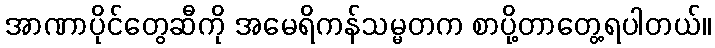
အာဏာပိုင်တွေဆီကို အမေရိကန်သမ္မတက စာပို့တာတွေ့ရပါတယ်။